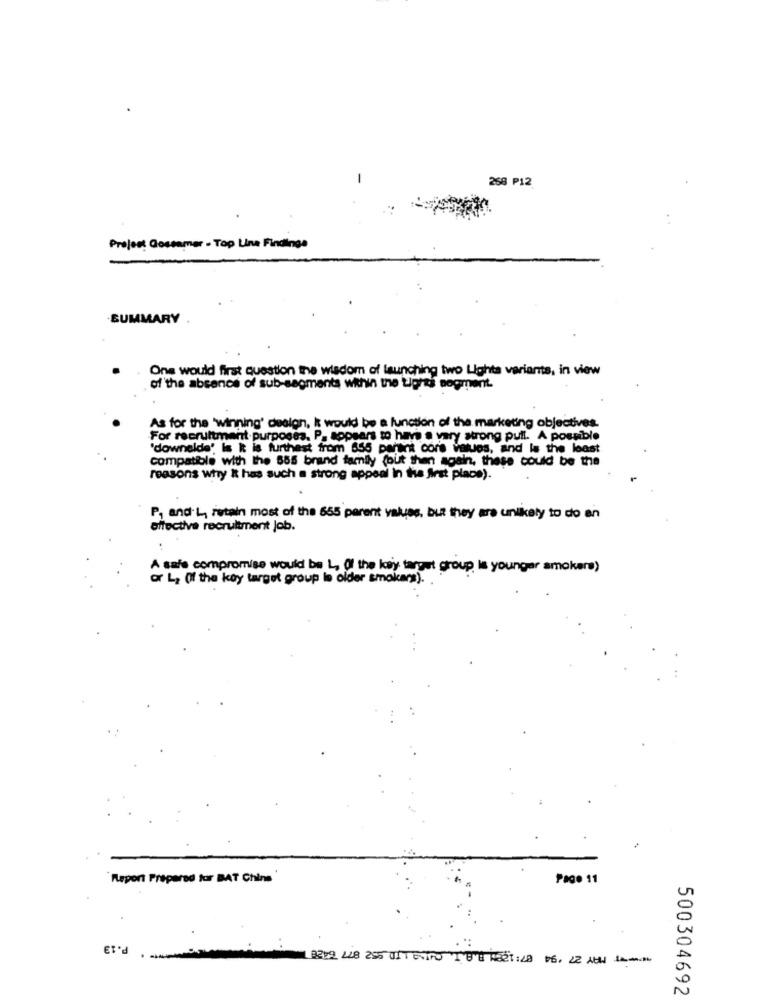
268 P12
Project Gostamer - Top Line Findings
SUMMARY
One would first question the wisdom of launching two Lights variants, in view
of the absence of sub-segments within the tights segment.
As for the 'winning' design, I would be a function of the marketing objectives.
For recruitment purposes. P. kopears to have a very strong pull. A possible
"downelde' is k is furthest from 855 parent core values, and is the least
Compatible with the 585 brand family (but then again, these could be the
reasons why It has such a strong appeal In the first place).
P, and'L, retain most of the 655 parent values, but they are unlikely to do en
effective recruitment job.
A safe compromise would be L, Of the key target group is younger smokers)
or L2 Of the kay target group lo older smakars).
Report Prepared for BAT Chine
Page 11
P.13
1 8219 448 255 UST EVITO I BB 1221:48 16. 22 AU
500304692